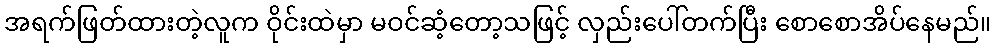
အရက်ဖြတ်ထားတဲ့လူက ဝိုင်းထဲမှာ မဝင်ဆံ့တော့သဖြင့် လှည်းပေါ်တက်ပြီး စောစောအိပ်နေမည်။